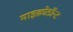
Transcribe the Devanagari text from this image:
माइक्रोडॉन्ट